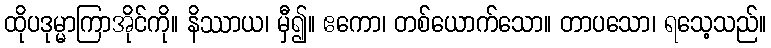
ထိုပဒုမ္မာကြာအိုင်ကို။ နိဿာယ၊ မှီ၍။ ဧကော၊ တစ်ယောက်သော။ တာပသော၊ ရသေ့သည်။